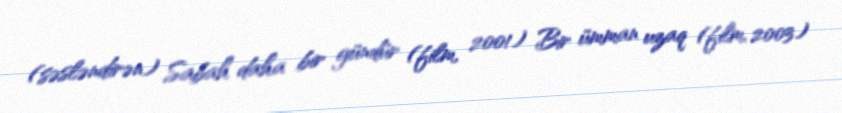
(səsləndirən) Sabah daha bir gündür (film, 2001) Bir ümman uzaq (film, 2003)